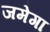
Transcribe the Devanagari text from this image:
जमेगा